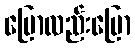
ပြောလည်းပြော